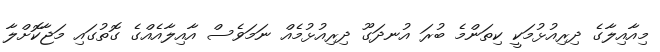
މިއާއިލާގެ ދިރިއުޅުމަކީ ކިތަންމެ ބުރަ އުނދަގޫ ދިރިއުޅުމެއް ނަމަވެސް އާއިލާއެއްގެ ގޮތުގައި މަޖާކޮށްލާ